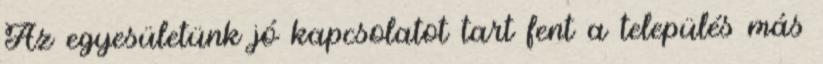
Az egyesületünk jó kapcsolatot tart fent a település más